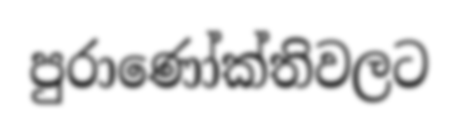
පුරාණෝක්තිවලට